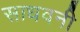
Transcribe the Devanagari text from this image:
साधवनी